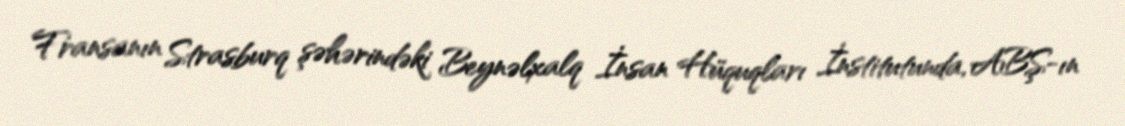
Fransanın Strasburq şəhərindəki Beynəlxalq İnsan Hüquqları İnstitutunda, ABŞ-ın